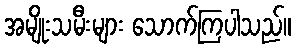
အမျိုးသမီးများ သောက်ကြပါသည်။